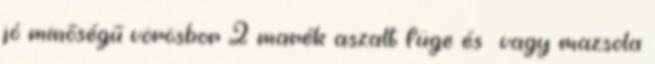
jó minőségű vörösbor 2 marék aszalt füge és vagy mazsola